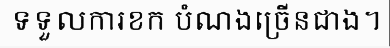
ទទួលការខក បំណងច្រើនជាង។